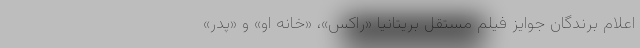
اعلام برندگان جوایز فیلم مستقل بریتانیا «راکس»، «خانه او» و «پدر»